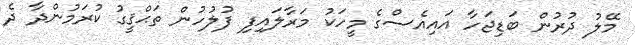
މޭލު ދުރުން ބަޑިޖަހާ އައިއެސްގެ މީހަކު މަރާލައިފި ފުލުހުން ތަޙްޤީގު ކުރަމުންދާ ދެ